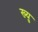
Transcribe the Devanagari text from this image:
ख्यु